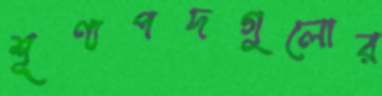
শূণ্যপদগুলোর